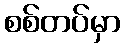
စစ်တပ်မှာ